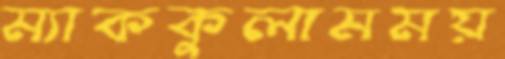
ম্যাককুলামময়